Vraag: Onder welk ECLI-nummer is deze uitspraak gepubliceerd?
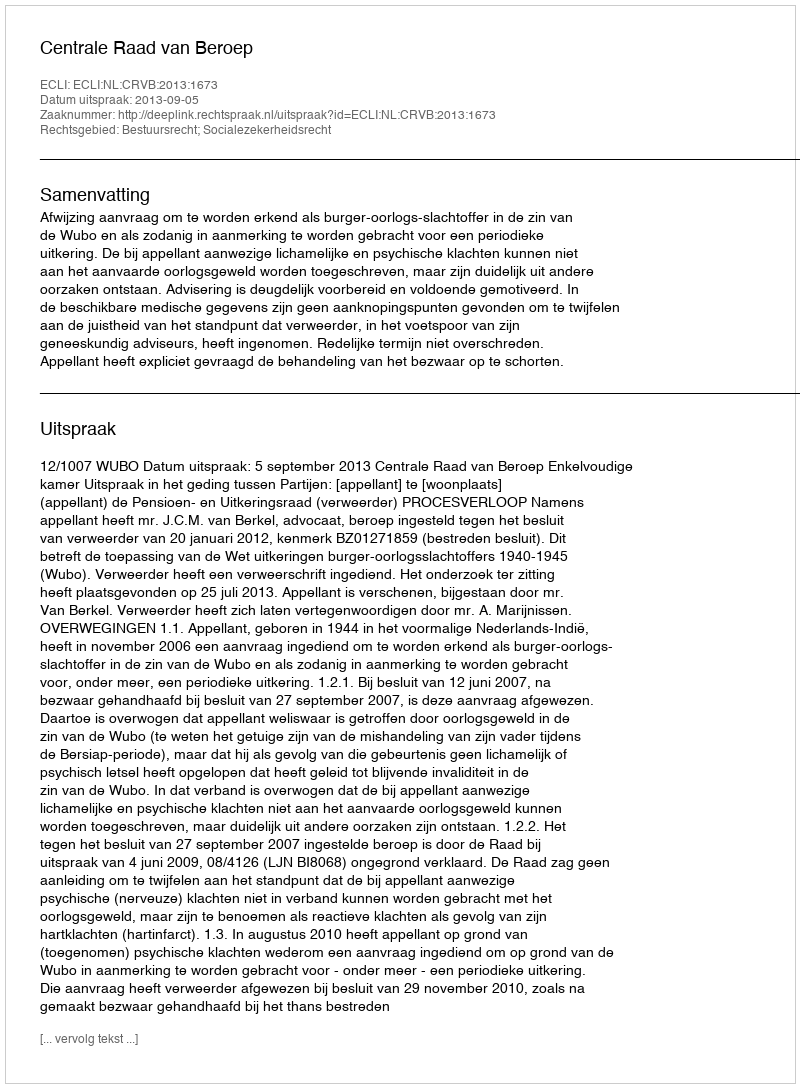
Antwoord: ECLI:NL:CRVB:2013:1673